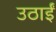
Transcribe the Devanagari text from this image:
उठाईं